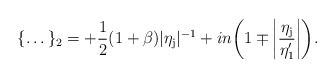
\begin{align*}\{ \dots \}_2 = +\frac{1}{2}(1+\beta )\vert \eta _{\rm j}\vert ^{-1}+in \biggl(1\mp \biggl \vert \frac{\eta _{\rm j}}{\eta _1'}\biggr \vert \biggr).\end{align*}